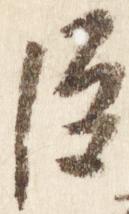
臣